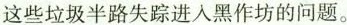
这些垃圾半路失踪进入黑作坊的问题。